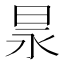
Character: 㫤